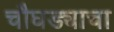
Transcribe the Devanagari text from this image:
चौघड्याचा